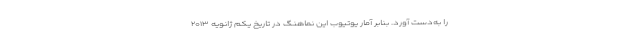
را به‌دست آورد. بنابر آمار یوتیوب این نماهنگ در تاریخ یکم ژانویه ۲۰۱۳